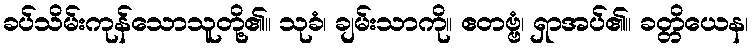
ခပ်သိမ်းကုန်သောသူတို့၏။ သုခံ၊ ချမ်းသာကို။ ဧတဗ္ဗံ၊ ရှာအပ်၏။ ခတ္တိယေန၊